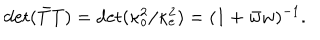
LaTeX: \det ( \bar { T } T ) = \det ( \kappa _ { o } ^ { 2 } / \kappa _ { e } ^ { 2 } ) = ( 1 + \bar { w } w ) ^ { - 1 } .